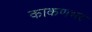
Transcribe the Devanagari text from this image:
काकणभर